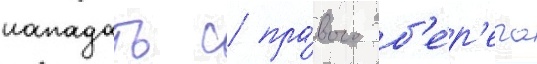
нападать с пра́вого б'е́р'ега